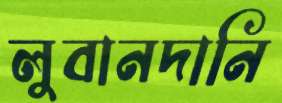
লুবানদানি